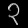
Digit: ၃